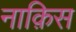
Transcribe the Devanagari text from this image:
नाक़िस